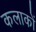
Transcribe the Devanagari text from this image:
कलाकों